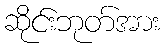
ဆိုင်းဘုတ်အား